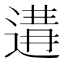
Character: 𨔸